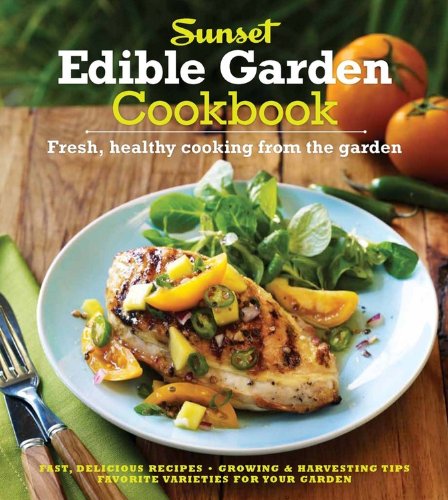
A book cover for The Sunset Edible Garden Cookbook: Fresh, Healthy Cooking from the Garden; Sunset; Cookbooks, Food & Wine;